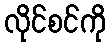
လိုင်စင်ကို